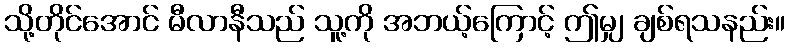
သို့တိုင်အောင် မီလာနီသည် သူ့ကို အဘယ့်ကြောင့် ဤမျှ ချစ်ရသနည်း။